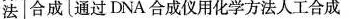
法合成通过 DAN合成仪用化学方法人工合成